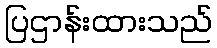
ပြဌာန်းထားသည်